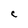
Character: c